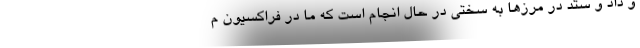
و داد و ستد در مرزها به سختی در حال انجام است که ما در فراکسیون م